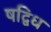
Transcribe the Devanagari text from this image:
षद्विध